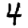
Digit: 4